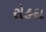
રોહદા